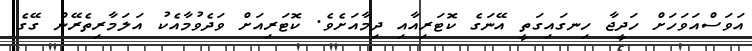
އަވަސްއަވަހަށް ހަދީޖާ ހިނގައިގަތީ އޭނަގެ ކޮޓަރިއާއި ދިމާއަށެވެ. ކޮޓަރިއަށް ވަދެވުމާއެކު އަލަމާރިތެރޭން ގޭގެ